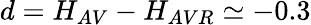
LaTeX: d=H_{AV}-H_{AVR}\simeq-0.3